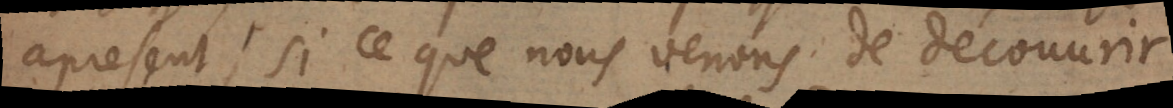
apresent, si ce que nous venons de découvrir